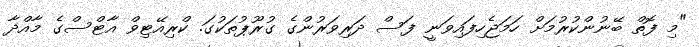
"މި ފޮތް ބޭނުންކުރުމަށް ހަމަޖެހިފައިވަނީ ފަސް ދަރިވަރުންގެ ގުރޫޕުތަކުގަ. ކްރިއޭޓިވް އާޓްސްގެ މާއްދާ